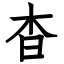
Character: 杳